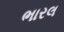
ભારલ